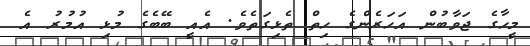
މީހާގެ ޖަވާބުން އަހަރެންގެ ހިތް ތެޅިގަތެވެ. އެއީ ބޭބެގެ މުޅި އުމުރު އެ